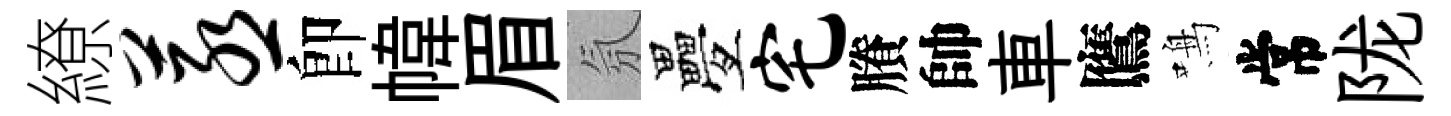
繚蒸卽幃眉氛疊宅賸帥車鷹鳴常陇